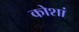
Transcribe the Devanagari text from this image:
कोशां